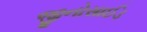
જીનોસાઈડ